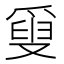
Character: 𤔣